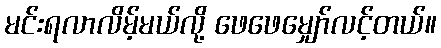
မင်းရလာလိမ့်မယ်လို့ ဖေဖေမျှော်လင့်တယ်။